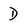
Character: D